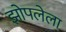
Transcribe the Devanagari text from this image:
झोपलेला